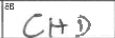
Transcription: CHD